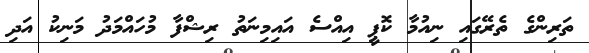
ތަރިންގެ ތެރޭގައި ނިއުމާ ކޮޕީ އިއްސެ އައިމިނަތު ރިޝްފާ މުހައްމަދު މަނިކު އަދި